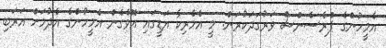
އެމީހުންގެ ޕްރެސެންސް ވަރުގަދަކުރަން. މީ އެމެރިކާ އަޑީގައި އޮވެގެން އެމީހުންގެ އެދުމަށް އަރަބި